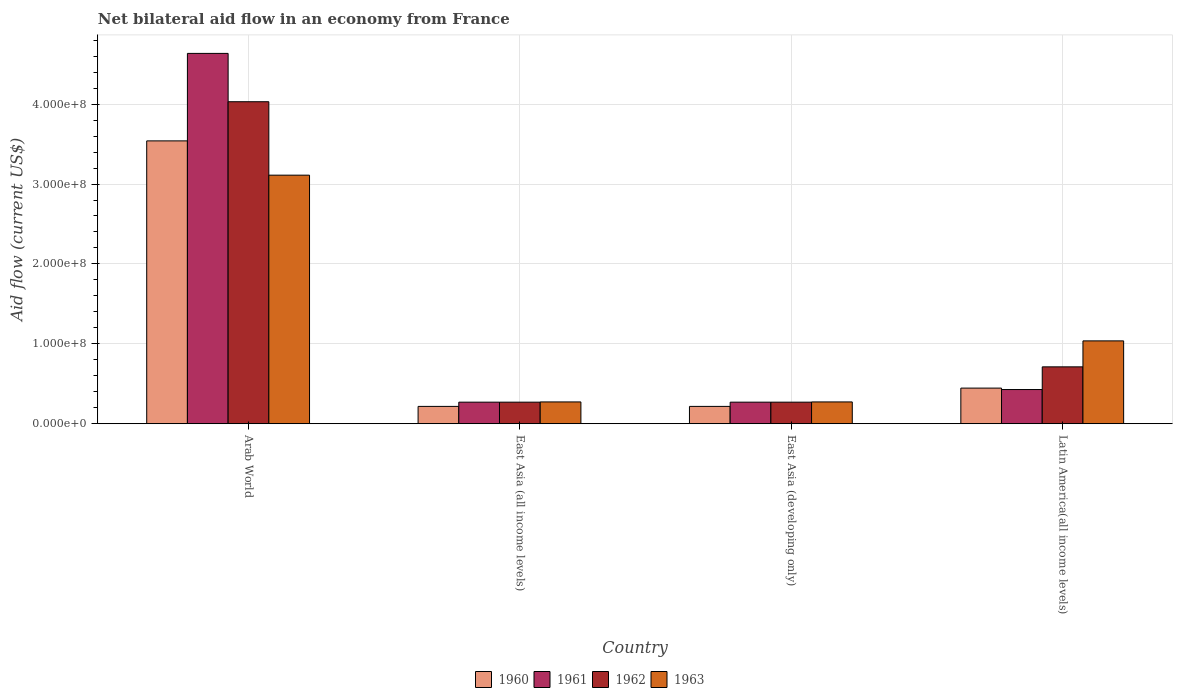
| Country | 1960 | 1961 | 1962 | 1963 |
 | --- | --- | --- | --- | --- |
 | Arab World | 3.54e+08 | 4.64e+08 | 4.03e+08 | 3.11e+08 |
 | East Asia (all income levels) | 2.17e+07 | 2.7e+07 | 2.7e+07 | 2.73e+07 |
 | East Asia (developing only) | 2.17e+07 | 2.7e+07 | 2.7e+07 | 2.73e+07 |
 | Latin America(all income levels) | 4.46e+07 | 4.28e+07 | 7.12e+07 | 1.04e+08 |